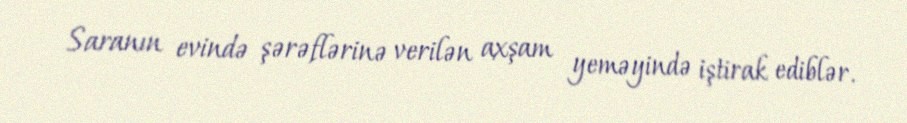
Saranın evində şərəflərinə verilən axşam yeməyində iştirak ediblər.